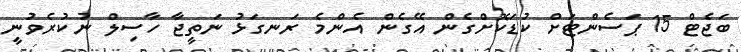
ބަޖެޓް 15 ޕަސެންޓަށް ކުޑަކޮށްގެން އޭގެން އެންމެ ރަނގަޅު ނަތީޖާ ހާސިލް ނުކުރެވުނީ